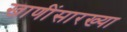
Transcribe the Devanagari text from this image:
खाणींसारख्या